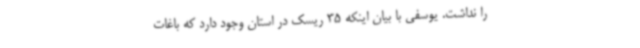
را نداشت. یوسفی با بیان اینکه 35 ریسک در استان وجود دارد که باغات